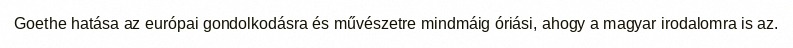
Goethe hatása az európai gondolkodásra és művészetre mindmáig óriási, ahogy a magyar irodalomra is az.